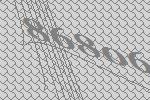
86806